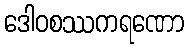
ဒေါဝစဿကရဏော